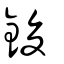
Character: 鋑